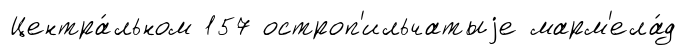
Центра́льном 157 остроп'ильчатыjе марм'ела́д